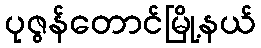
ပုဇွန်တောင်မြို့နယ်